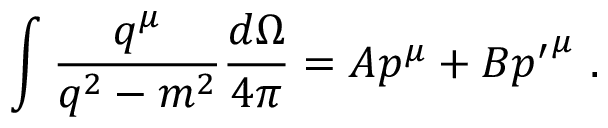
\int { \frac { q ^ { \mu } } { q ^ { 2 } - m ^ { 2 } } } { \frac { d \Omega } { 4 \pi } } = A p ^ { \mu } + B { p ^ { \prime } } ^ { \mu } \ .